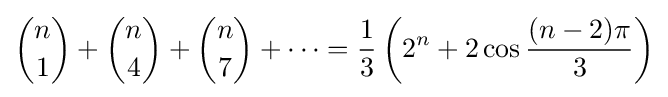
{\binom {n}{1}}+{\binom {n}{4}}+{\binom {n}{7}}+\cdots ={\frac {1}{3}}\left(2^{n}+2\cos {\frac {(n-2)\pi }{3}}\right)